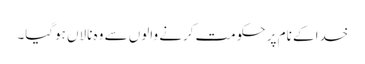
خدا کے نام پر حکومت کرنے والوں سے وہ نالاں ہوگیا۔